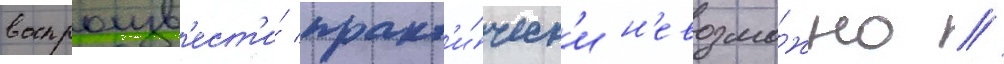
воспроизв'ест'и́ практ'и́ческ'и н'евозмо́жно //